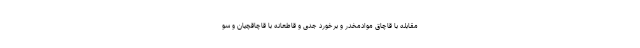
مقابله با قاچاق موادمخدر و برخورد جدی و قاطعانه با قاچاقچیان و سو